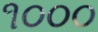
૧૦૦૦